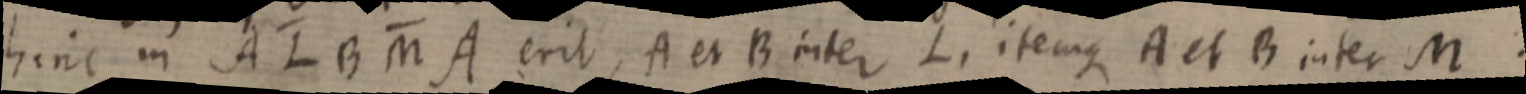
hinc in A L B M A erit, A et B inter L, itemque A et B inter M.